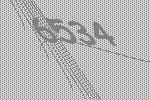
6534